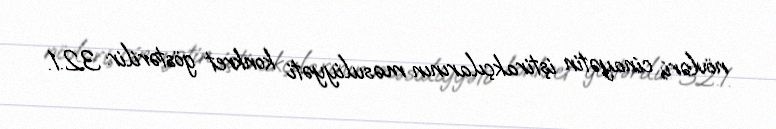
növləri; cinayətin iştirakçılarının məsuliyyəti konkret göstərilir: 32.1.